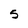
Character: 5